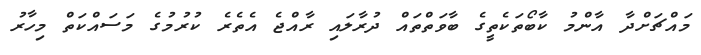
މައްޗަށްދާ އާންމު ކާބޯތަކެތީގެ ބާވަތްތައް ދުރާލައި ރާއްޖެ އެތެރެ ކުރުމުގެ މަސައްކަތް މިހާރު